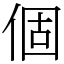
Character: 個